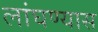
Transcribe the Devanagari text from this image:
लांघण्यास